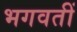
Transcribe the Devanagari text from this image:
भगवतीं